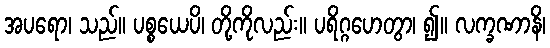
အပရော၊ သည်။ ပစ္စယေပိ၊ တို့ကိုလည်း။ ပရိဂ္ဂဟေတွာ၊ ၍။ လက္ခဏာနိ၊